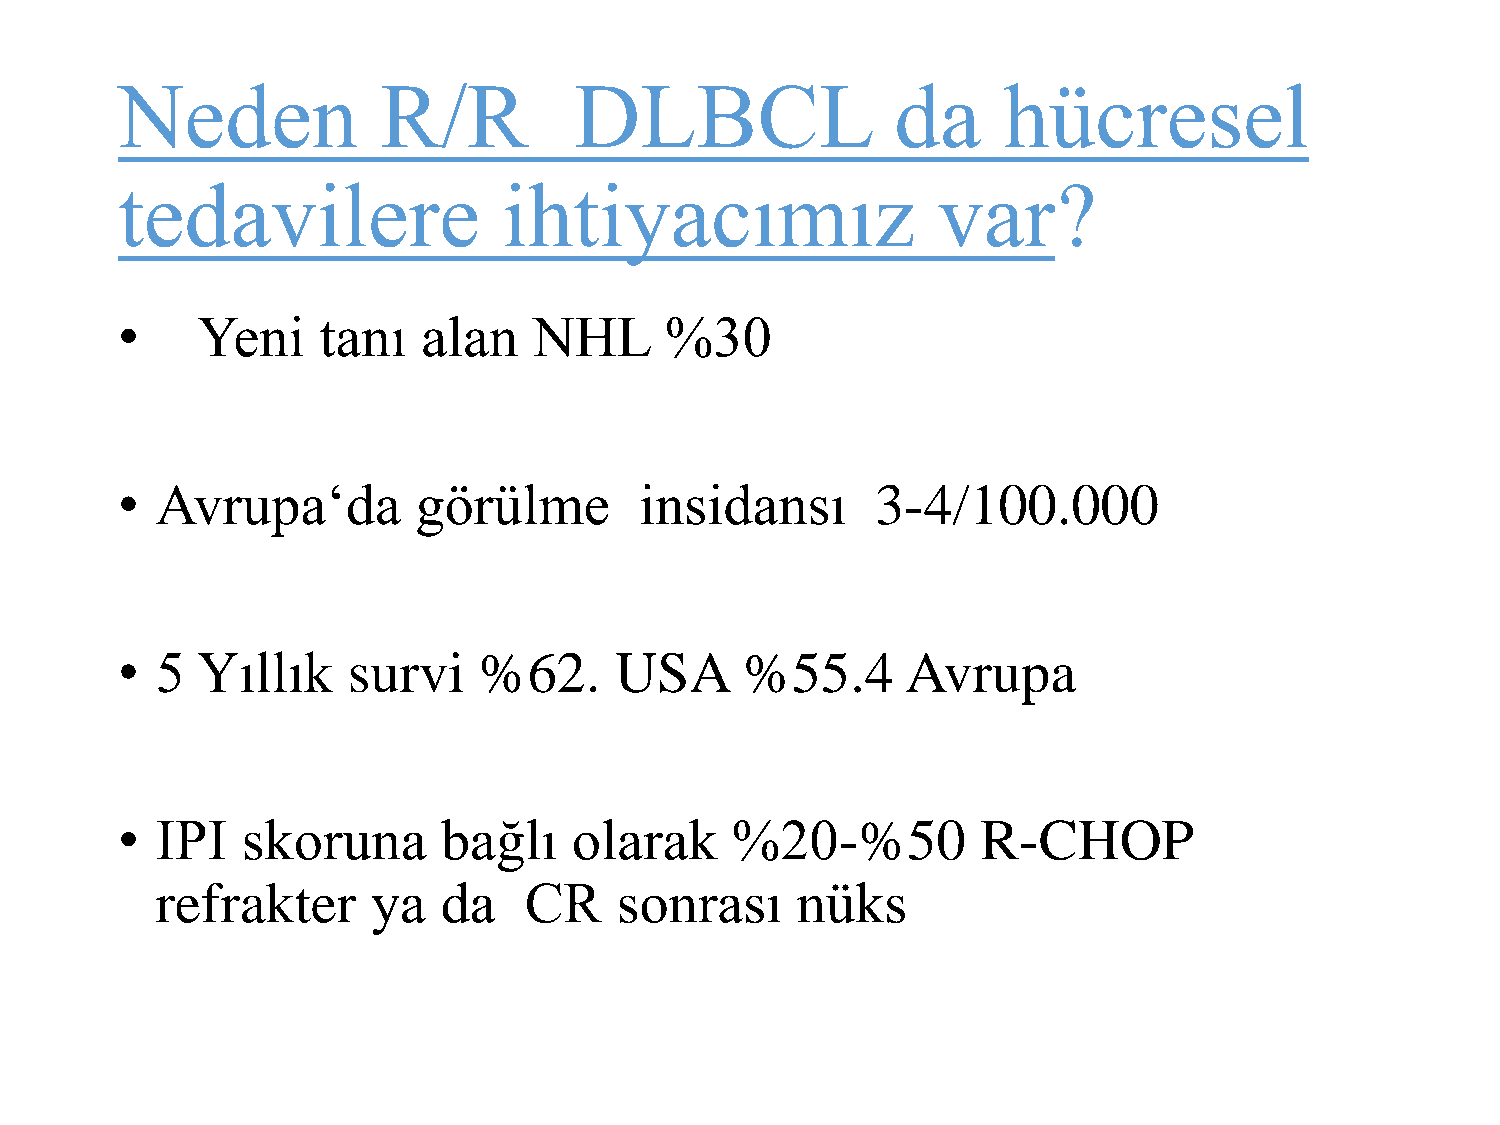
Neden            R/R          DLBCL                da     hücresel
 tedavilere               ihtiyacımız                  var?
 •    Yeni    tanı   alan   NHL      %30
 • Avrupa‘da         görülme       insidansı       3-4/100.000
 • 5  Yıllık    survi    %62.     USA     %55.4      Avrupa
 • IPI   skoruna      bağlı    olarak    %20-%50          R-CHOP
 refrakter      ya  da    CR    sonrası     nüks